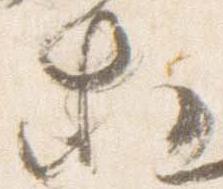
等